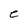
Character: e